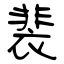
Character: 裴